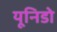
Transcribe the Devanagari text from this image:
यूनिडो